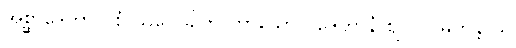
အစ္ဆာဒေတွာ ပစံ သလ္လေခါတိ ကာသော ဝိဒေဟာနံ ဈလပ မဟန္တာယ